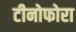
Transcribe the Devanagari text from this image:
टीनोफोरा